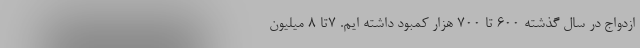
ازدواج در سال گذشته ۶۰۰ تا ۷۰۰ هزار کمبود داشته ایم. ۷تا ۸ میلیون